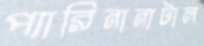
প্যারিনানাটাল